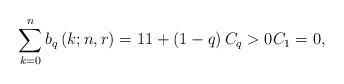
LaTeX: \begin{align*}\sum_{k=0}^{n}b_{q}\left( k;n,r\right) =11+\left( 1-q\right)C_{q}>0C_{1}=0,\end{align*}